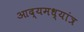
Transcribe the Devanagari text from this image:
आद्यमध्यांत्र